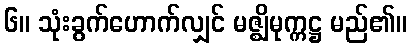
၆။ သုံးခွက်ဟောက်လျှင် မဇ္ဈိမုက္ကဋ္ဌ မည်၏။